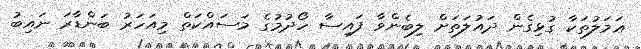
ޢަމަލުތަކާ ގުޅިގެން ދައުލަތަށް ލިބެންވާ ފައިސާ ހޯދުމުގެ މަސައްކަތް މިއަހަރު ބަންޑާރަ ނައިބު